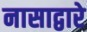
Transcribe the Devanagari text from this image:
नासाद्वारे